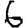
Digit: 6